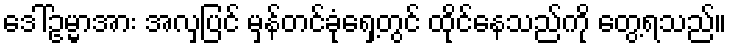
ဒေါ်ဥမ္မာအား အလှပြင် မှန်တင်ခုံရှေ့တွင် ထိုင်နေသည်ကို တွေ့ရသည်။